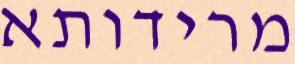
מרידותא